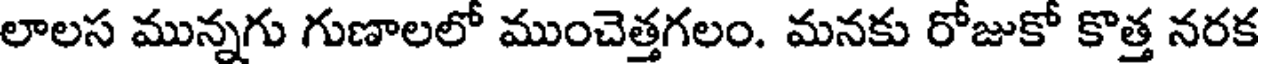
లాలస మున్నగు గుణాలలో ముంచెత్తగలం. మనకు రోజుకో కొత్త నరక